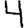
Digit: 4